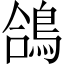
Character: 鴿